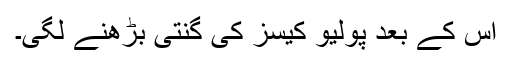
اس کے بعد پولیو کیسز کی گنتی بڑھنے لگی۔